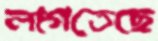
লাগতেছে